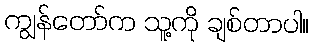
ကျွန်တော်က သူ့ကို ချစ်တာပါ။